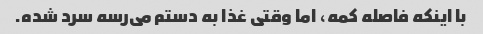
با اینکه فاصله کمه، اما وقتی غذا به دستم می‌رسه سرد شده.